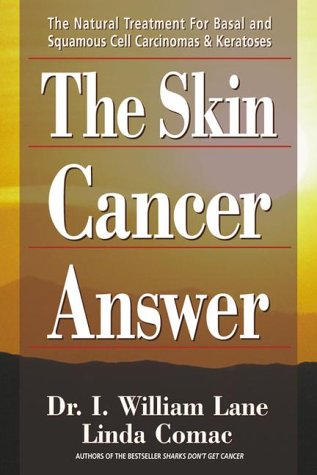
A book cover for The Skin Cancer Answer: The Natural Treatment for Basal and Squamous Cell Carcinomas and Keratoses; I. William Lane; Health, Fitness & Dieting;